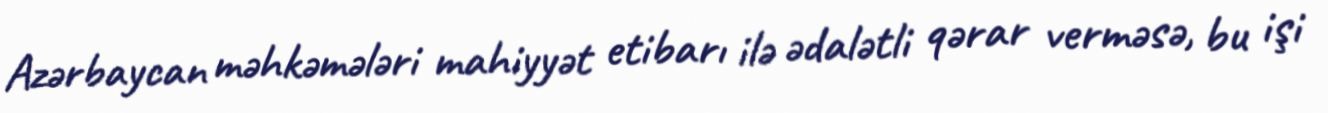
Azərbaycan məhkəmələri mahiyyət etibarı ilə ədalətli qərar verməsə, bu işi